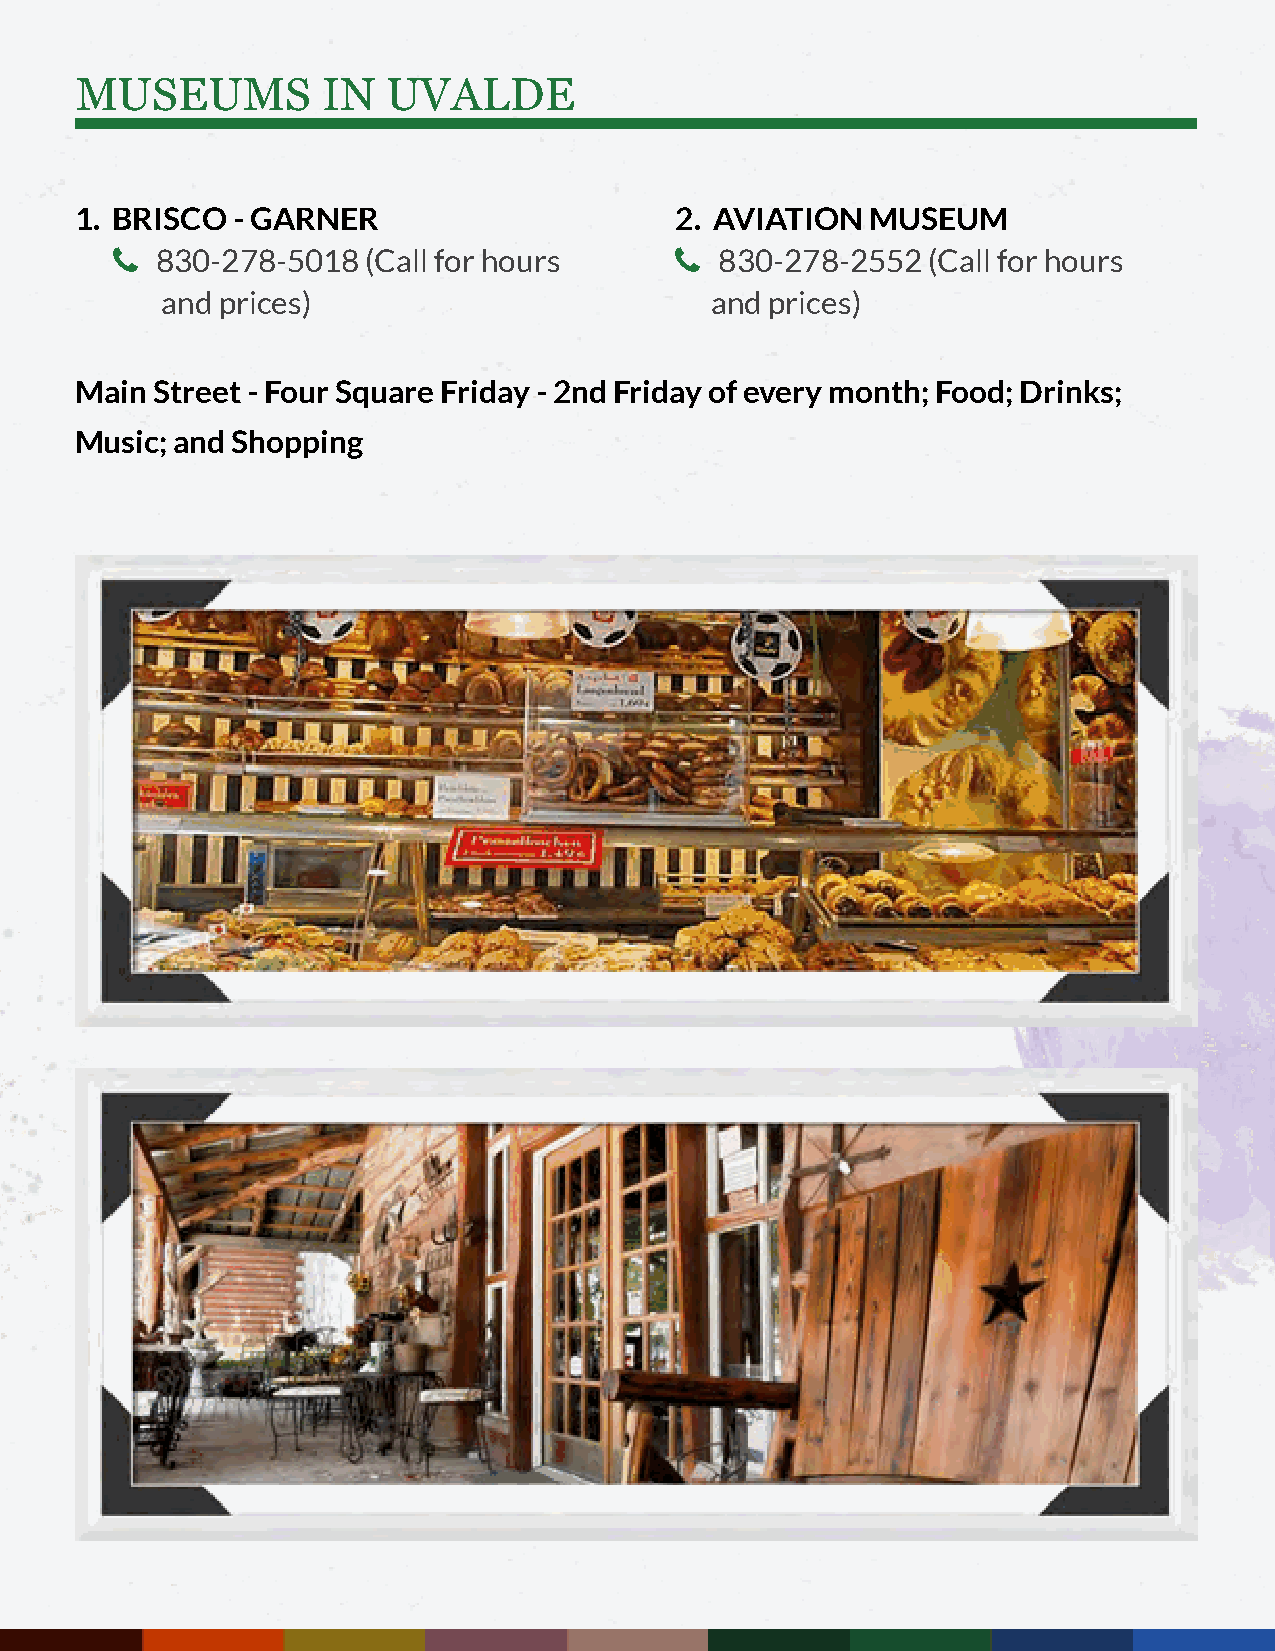
MUSEUMS         IN   UVALDE
 1. BRISCO - GARNER                      2. AVIATION  MUSEUM
   830-278-5018  (Call for hours        830-278-2552  (Call for hours
 and prices)                         and prices)
 Main Street - Four Square Friday - 2nd Friday of every month; Food; Drinks;
 Music; and Shopping